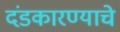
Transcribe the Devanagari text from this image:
दंडकारण्याचे